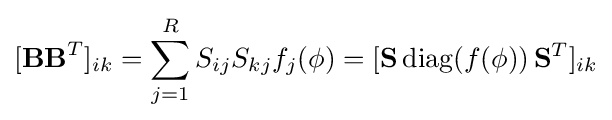
[\mathbf {BB} ^{T}]_{ik}=\sum _{j=1}^{R}S_{ij}S_{kj}f_{j}(\mathbf {\phi } )=[\mathbf {S} \,{\mbox{diag}}(f(\mathbf {\phi } ))\,\mathbf {S} ^{T}]_{ik}